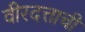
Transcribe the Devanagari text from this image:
वीरदत्ताची